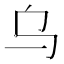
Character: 乌